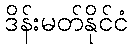
ဒိန်းမတ်နိုင်ငံ